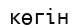
көгін